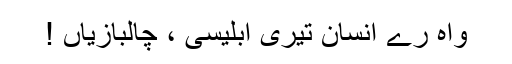
واہ رے انسان تیری ابلیسی ، چالبازیاں !